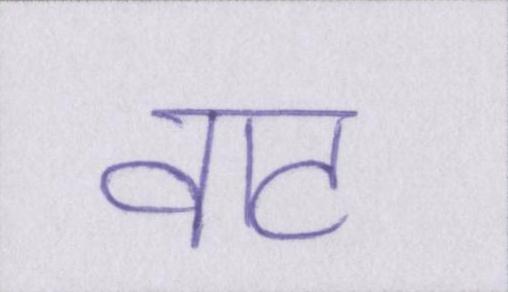
वाट